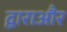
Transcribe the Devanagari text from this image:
द्वाराऔर